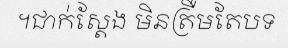
។ជាក់ស្តែង មិនត្រឺមតែបទ